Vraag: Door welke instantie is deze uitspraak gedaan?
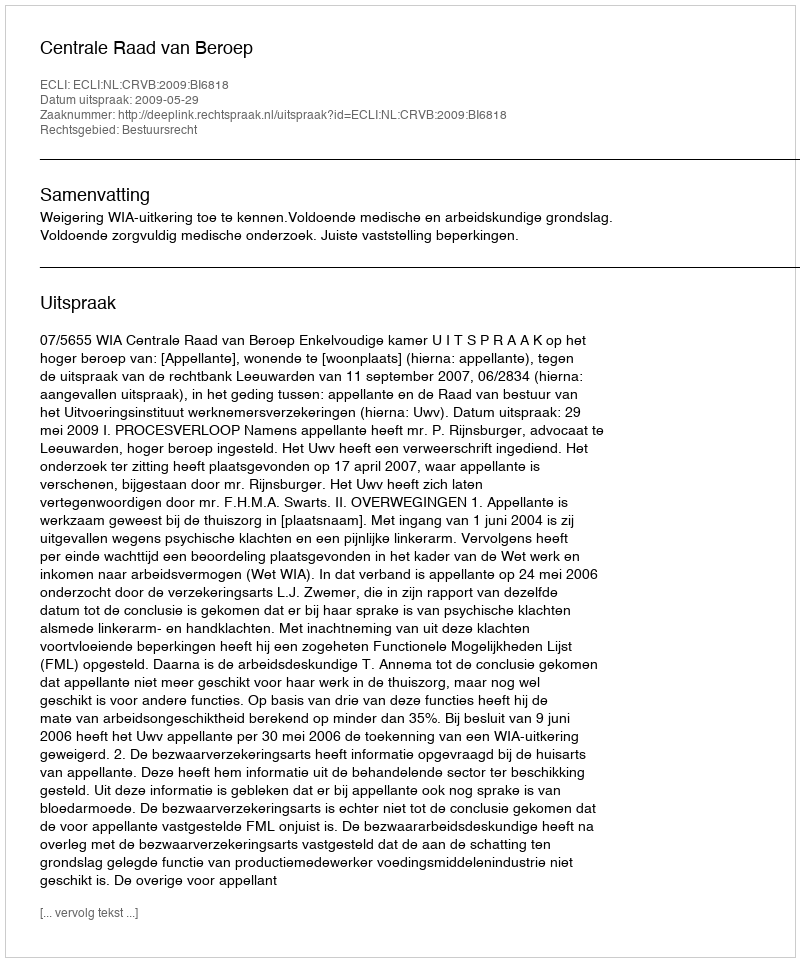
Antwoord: Centrale Raad van Beroep